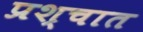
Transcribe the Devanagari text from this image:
प्रश्चात